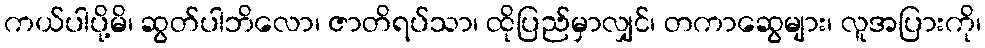
ကယ်ပါပို့မိ၊ ဆွတ်ပါဘိလော၊ ဇာတိရပ်သာ၊ ထိုပြည်မှာလျှင်၊ တကာဆွေများ၊ လူအပြားကို၊